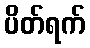
ပိတ်ရက်